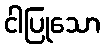
ငါပြုသော